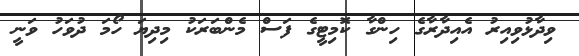
ވިދާޅުވިއިރު އެއިދާރާގެ ހިންގާ ކޮމިޓީގެ ފަސް މެންބަރަކު މިދިޔަ ހޯމަ ދުވަހު ވަނީ